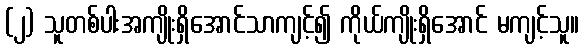
(၂) သူတစ်ပါးအကျိုးရှိအောင်သာကျင့်၍ ကိုယ်ကျိုးရှိအောင် မကျင့်သူ။